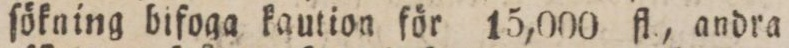
ſökning bifoga kaution för 15,000 fl., andra